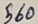
Text: 560